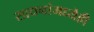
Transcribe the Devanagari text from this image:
साधनांमध्येही